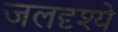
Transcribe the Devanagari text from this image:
जलदृश्ये